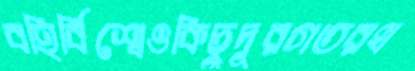
বহির্বিশ্বেওকিছুদূরগতরখ